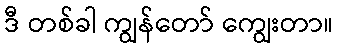
ဒီ တစ်ခါ ကျွန်တော် ကျွေးတာ။